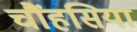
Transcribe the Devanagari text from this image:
चौंहसिया